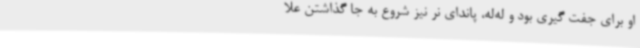
او برای جفت گیری بود و له‌له، پاندای نر نیز شروع به جا گذاشتن علا